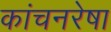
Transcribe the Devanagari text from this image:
कांचनरेषा